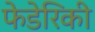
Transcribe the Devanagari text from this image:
फेडेरिकी